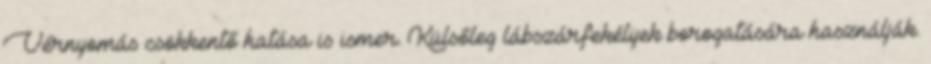
Vérnyomás csökkentő hatása is ismer. Külsőleg lábszárfekélyek borogatására használják.